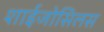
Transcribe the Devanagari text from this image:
शाईजोसिलस